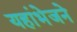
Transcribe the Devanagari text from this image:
यहांभेजने